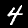
Label: 4